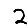
Digit: 2